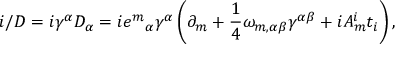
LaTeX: i \slash D = i \gamma ^ { \alpha } D _ { \alpha } = i { e ^ { m } } _ { \alpha } \gamma ^ { \alpha } \left( \partial _ { m } + { \frac { 1 } { 4 } } \omega _ { m , \alpha \beta } \gamma ^ { \alpha \beta } + i A _ { m } ^ { i } t _ { i } \right) ,